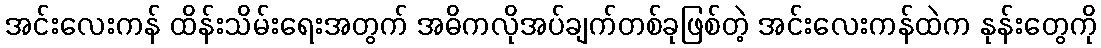
အင်းလေးကန် ထိန်းသိမ်းရေးအတွက် အဓိကလိုအပ်ချက်တစ်ခုဖြစ်တဲ့ အင်းလေးကန်ထဲက နုန်းတွေကို